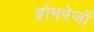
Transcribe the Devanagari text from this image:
होमपेजों